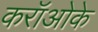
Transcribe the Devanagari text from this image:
करॉओके